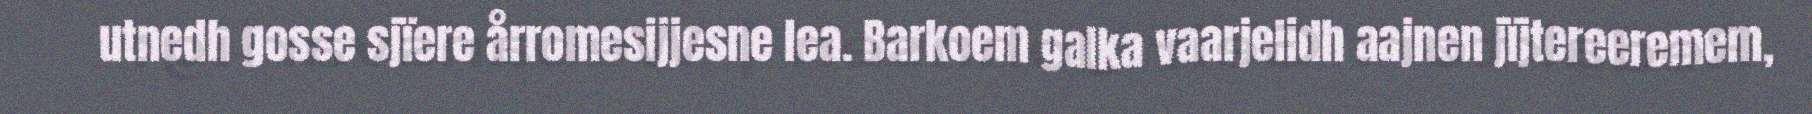
utnedh gosse sjïere årromesijjesne lea. Barkoem galka vaarjelidh aajnen jïjtereeremem,